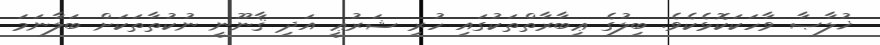
ޚުލާޞާ ވާހަކަކޮޅެކެވެ. ބިލުގެ ޢިބާރާތްތަކުގައި ހުރި ޝަރުޢީ އަދި ޤާނޫނީ ނުކުތާތަކަށް ބަލާނަމަ